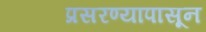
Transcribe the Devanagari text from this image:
प्रसरण्यापासून